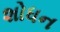
શોધન